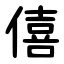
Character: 僖